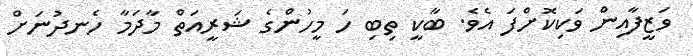
ވަޒީފާއިން ވަކިކޮށްފަ އެވެ. ބާކީ ތިބި ހަ މީހުންގެ ޝަރީއަތް މާދަމާ ހެނދުނަށް